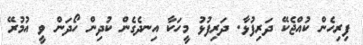
ފިރިހެން ކުއްޖެކޭ ދަރިފުޅާ. ދަރިފުޅު މީހަކާ އިނދެގެން ކުދިން ހޯދަން ވީ އުމުރޭ